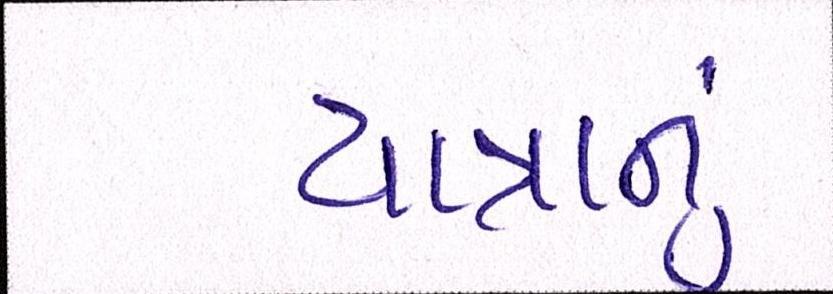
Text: યાત્રાનું